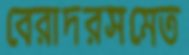
বেরাদরসমেত